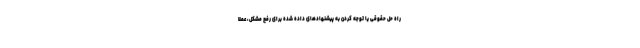
راه حل حقوقی یا توجه کردن به پیشنهادهای داده شده برای رفع مشکل، عملا